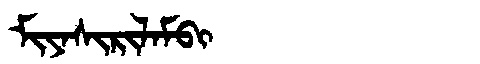
Manchu: ᠮᡳᠶᠠᠰᡳᡵᡳᠯᠠᠮᠪᡳ
Romanization: MIYASIRILAMBI